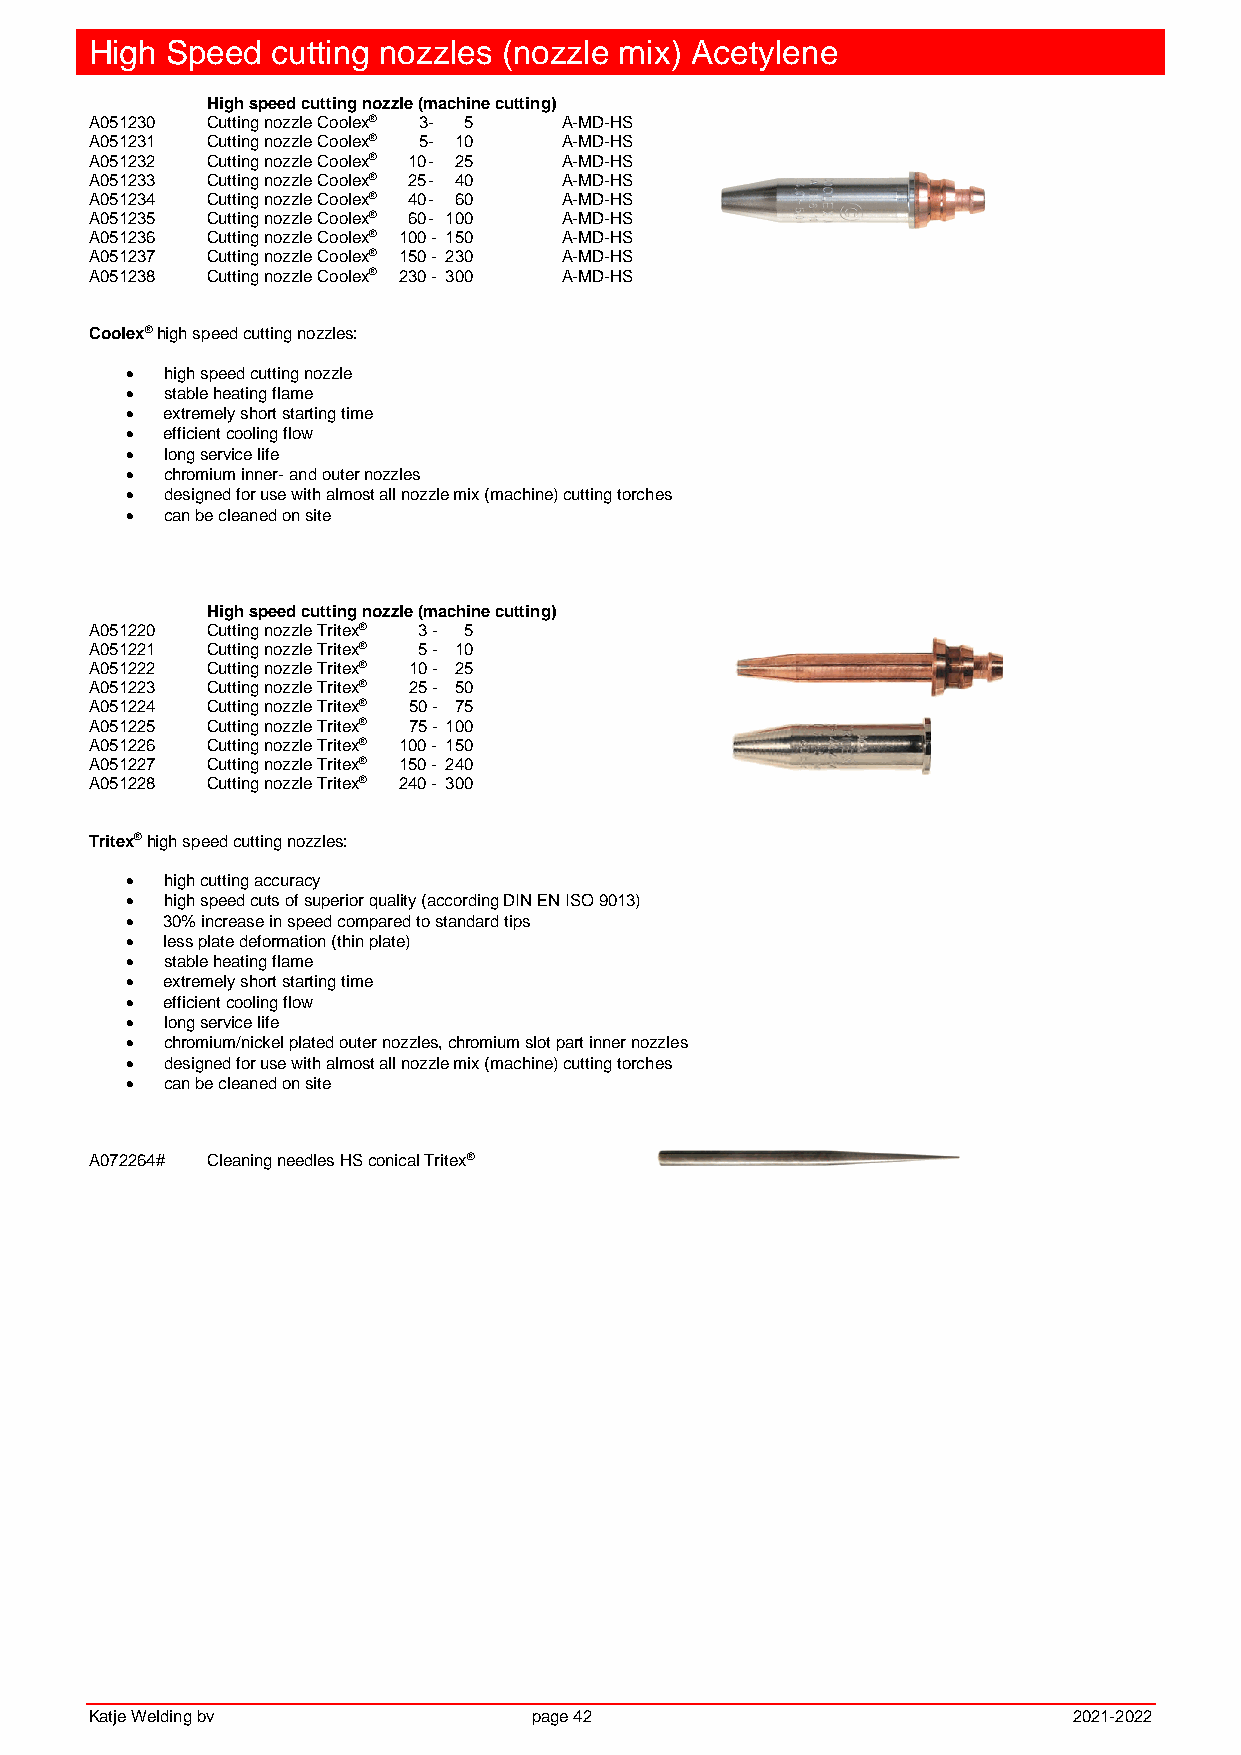
High Speed  cutting nozzles (nozzle mix) Acetylene
 High speed cutting nozzle (machine cutting)
 A051230 Cutting nozzle Coolex® 3 - 5 A-MD-HS
 A051231 Cutting nozzle Coolex® 5 - 10 A-MD-HS
 A051232 Cutting nozzle Coolex® 10 - 25 A-MD-HS
 A051233 Cutting nozzle Coolex® 25 - 40 A-MD-HS
 A051234 Cutting nozzle Coolex® 40 - 60 A-MD-HS
 A051235 Cutting nozzle Coolex® 60 - 100 A-MD-HS
 A051236 Cutting nozzle Coolex® 100 - 150 A-MD-HS
 A051237 Cutting nozzle Coolex® 150 - 230 A-MD-HS
 A051238 Cutting nozzle Coolex® 230 - 300 A-MD-HS
 Coolex® high speed cutting nozzles:
   high speed cutting nozzle
   stable heating flame
   extremely short starting time
   efficient cooling flow
   long service life
   chromium inner- and outer nozzles
   designed for use with almost all nozzle mix (machine) cutting torches
   can be cleaned on site
 High speed cutting nozzle (machine cutting)
 A051220 Cutting nozzle Tritex® 3 - 5
 A051221 Cutting nozzle Tritex® 5 - 10
 A051222 Cutting nozzle Tritex® 10 - 25
 A051223 Cutting nozzle Tritex® 25 - 50
 A051224 Cutting nozzle Tritex® 50 - 75
 A051225 Cutting nozzle Tritex® 75 - 100
 A051226 Cutting nozzle Tritex® 100 - 150
 A051227 Cutting nozzle Tritex® 150 - 240
 A051228 Cutting nozzle Tritex® 240 - 300
 Tritex® high speed cutting nozzles:
   high cutting accuracy
   high speed cuts of superior quality (according DIN EN ISO 9013)
   30% increase in speed compared to standard tips
   less plate deformation (thin plate)
   stable heating flame
   extremely short starting time
   efficient cooling flow
   long service life
   chromium/nickel plated outer nozzles, chromium slot part inner nozzles
   designed for use with almost all nozzle mix (machine) cutting torches
   can be cleaned on site
 A072264# Cleaning needles HS conical Tritex®
 Katje Welding bv             page 42                             2021-2022